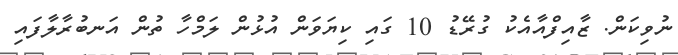
ނުވިކަން. ޒާއިފްއާއެކު ގުރޭޑު 10 ގައި ކިޔަވަން އުޅުން ލަމްހާ ތުން އަނބުރާލާފައި